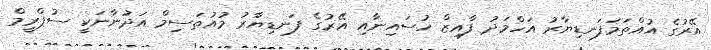
އޭރުގެ އުއްތަމަފަނޑިޔާރު އަހްމަދު ފާއިޒް ހުސައިނާއި އޭރުގެ ފަނޑިޔާރު މުއުތަސިމް އަދުނާނަކީ ސުޕްރީމް